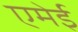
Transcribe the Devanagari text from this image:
एमेई